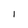
Character: 1